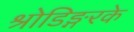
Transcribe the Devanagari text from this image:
श्रोडिङ्गरके